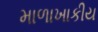
માળાખાકીય